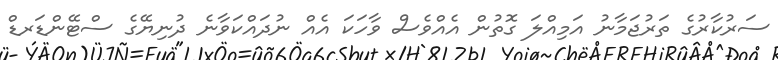
ސަރުކާރުގެ ތަރުޖަމާނު އަމިއްލަ ގޮތުން އެއްވެސް ވާހަކަ އެއް ނުދައްކަވާނެ ދުނިޔޭގެ ސްޓޭންޑަރޑް